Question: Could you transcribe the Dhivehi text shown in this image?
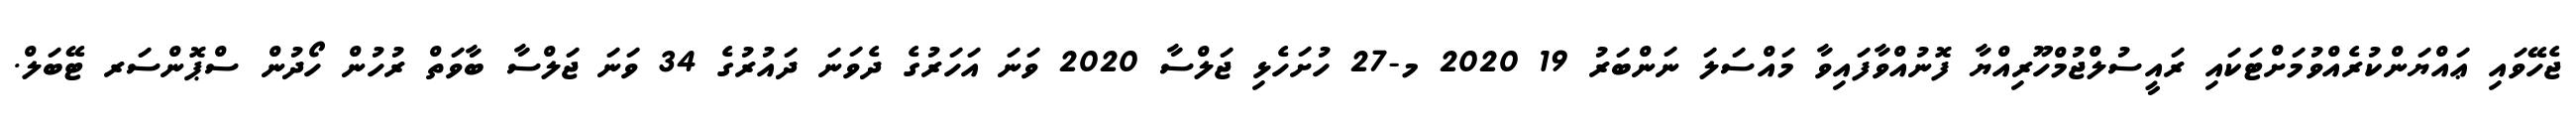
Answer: ޖެހޭވައި ޢައްޔަންކުރެއްވުމަށްޓަކައި ރައީސުލްޖުމްހޫރިއްޔާ ފޮނުއްވާފައިވާ މައްސަލަ ނަންބަރު 19 2020 މ-27 ހުށަހެޅި ޖަލްސާ 2020 ވަނަ އަހަރުގެ ދެވަނަ ދައުރުގެ 34 ވަނަ ޖަލްސާ ބާވަތް ރުހުން ހޯދުން ސްޕޮންސަރ ޓޭބަލް.